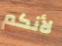
لأنكم